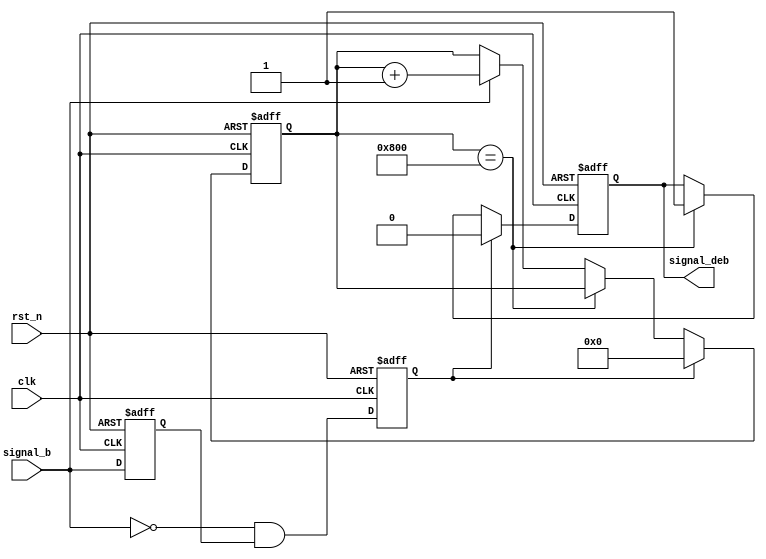
// This program was cloned from: https://github.com/flytt-away/FPGA-Video-Capture
// License: MIT License

///////////////////////////////////////////////////////////////////////////////
//
// Copyright (c) 2019 PANGO MICROSYSTEMS, INC
// ALL RIGHTS REVERVED.
//
// THE SOURCE CODE CONTAINED HEREIN IS PROPRIETARY TO PANGO MICROSYSTEMS, INC.
// IT SHALL NOT BE REPRODUCED OR DISCLOSED IN WHOLE OR IN PART OR USED BY
// PARTIES WITHOUT WRITTEN AUTHORIZATION FROM THE OWNER.
//
///////////////////////////////////////////////////////////////////////////////
//
// Library:
// Filename:
///////////////////////////////////////////////////////////////////////////////
`timescale 1ns/1ps
module ipml_hsst_rst_debounce_v1_0 #(
    parameter RISE_CNTR_WIDTH = 12,
    parameter RISE_CNTR_VALUE = 12'd2048,
    parameter ACTIVE_HIGH     = 1'b0 // 0 : active@low, 1 : active@high
)(
    input  wire                          clk,
    input  wire                          rst_n,
    input  wire                          signal_b,
    output wire                          signal_deb
);

wire                          signal_b_mux;
reg                           signal_b_ff;
reg                           signal_b_neg;
reg                           signal_deb_pre;
reg     [RISE_CNTR_WIDTH-1:0] rise_cnt;

assign signal_b_mux = (ACTIVE_HIGH == 1'b1) ? ~signal_b : signal_b;
always @(posedge clk or negedge rst_n)
begin
    if (!rst_n)
    begin
        signal_b_ff  <= 1'b0;
        signal_b_neg <= 1'b0;
    end
    else
    begin
        signal_b_ff  <= signal_b_mux;
        signal_b_neg <= ~signal_b_mux & signal_b_ff;
    end
end

always @(posedge clk or negedge rst_n)
begin
    if (!rst_n)
        rise_cnt <= {RISE_CNTR_WIDTH{1'b0}};
    else if (signal_b_neg)
        rise_cnt <= {RISE_CNTR_WIDTH{1'b0}};
    else if (rise_cnt == RISE_CNTR_VALUE)
        rise_cnt <= rise_cnt;
    else if (signal_b_mux)
        rise_cnt <= rise_cnt + {{RISE_CNTR_WIDTH-1{1'b0}}, 1'b1};
end

always @(posedge clk or negedge rst_n)
begin
    if (!rst_n)
        signal_deb_pre <= 1'b0;
    else if (signal_b_neg)
        signal_deb_pre <= 1'b0;
    else if (rise_cnt == RISE_CNTR_VALUE)
        signal_deb_pre <= 1'b1;
end

assign signal_deb = (ACTIVE_HIGH == 1'b1) ? ~signal_deb_pre : signal_deb_pre;

endmodule